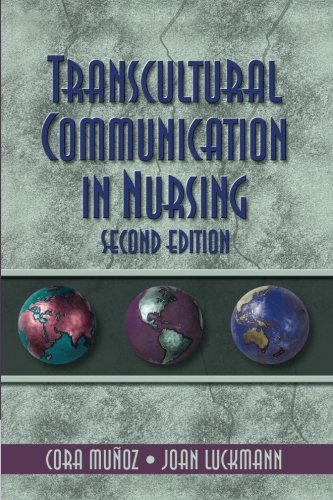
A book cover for Transcultural Communication In Nursing (Communication and Human Behavior for Health Science); Cora Munoz; Medical Books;